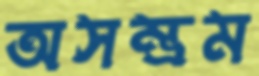
অসম্ভ্রম